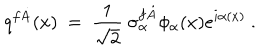
q ^ { f \dot { A } } ( x ) \ = \ \frac 1 { \sqrt 2 } \ \sigma _ { \alpha } ^ { f \dot { A } } \phi _ { \alpha } ( x ) e ^ { i \alpha ( x ) } \ .